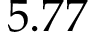
5 . 7 7